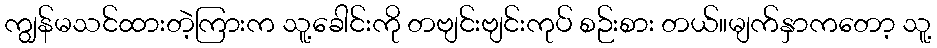
ကျွန်မသင်ထားတဲ့ကြားက သူ့ခေါင်းကို တဗျင်းဗျင်းကုပ် စဉ်းစား တယ်။မျက်နှာကတော့ သူ့